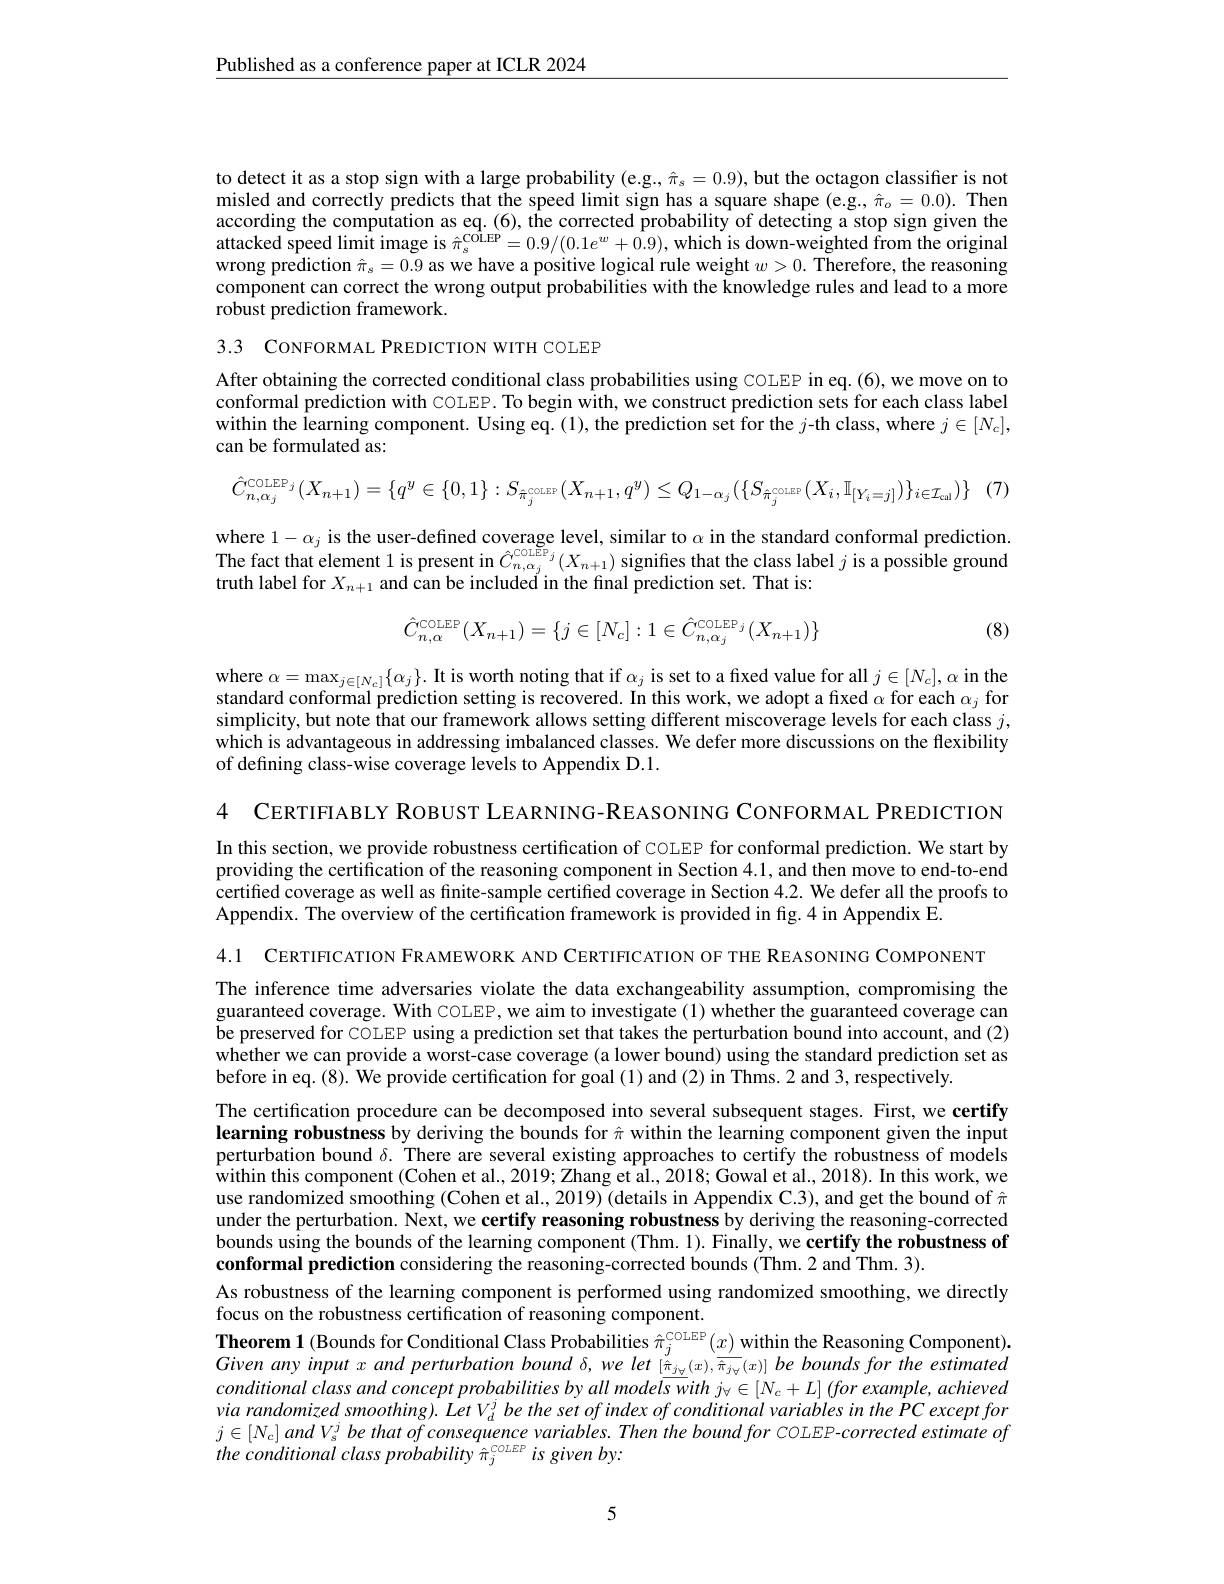
$\underline{\text{Published as a conference paper at ICLR 2024}}$

to detect it as a stop sign with a large probability (e.g., $\hat{\pi}_s=0.9)$, but the octagon classifier is not misled and correctly predicts that the speed limit sign has a square shape (e.g., $\hat{\pi}_o=0.0).$ Then according the computation as eq. (6), the corrected probability of detecting a stop sign given the attacked speed limit image is $\hat{\pi}_{\mathrm{s}}^{\mathrm{COLEP}}=0.9/(0.1e^w+\hat{0.9})$, which is down-weighted from the original wrong prediction $\hat{\pi}_s=0.9$ as we have a positive logical rule weight $w>0.$ Therefore, the reasoning component can correct the wrong output probabilities with the knowledge rules and lead to a more robust prediction framework.

3.3 CONFORMAL PREDICTION WITH COLEP

After obtaining the corrected conditional class probabilities using COLEP in eq.(6), we move on to conformal prediction with COLEP. To begin with, we construct prediction sets for each class label within the learning component. Using eq.(1), the prediction set for the $j$-th class, where $j\in[N_c]$, can be formulated as:
$$\hat{C}_{n,\alpha_{j}}^{\mathrm{COLEP}_{j}}(X_{n+1})=\{q^{y}\in\{0,1\}:S_{\hat{\pi}_{j}^{\mathrm{COLEP}}}(X_{n+1},q^{y})\leq Q_{1-\alpha_{j}}(\{S_{\hat{\pi}_{j}^{\mathrm{COLEP}}}(X_{i},\mathbb{I}_{[Y_{i}=j]})\}_{i\in\mathcal{I}_{\mathrm{cal}}})\}\quad(7)$$
where $1- \alpha _{j}$ is the user- defined coverage level, similar to $\alpha$ in the standard conformal prediction. The fact that element 1 is present in $\hat{C} _{n, \alpha _{j}}^{\mathrm{coLEP}_{j}}( X_{n+ 1})$ signifies that the class label $j$ is a possible ground
truth label for $X_n+1$ and can be included in the final prediction set. That is:
$$\hat C_{n,\alpha}^{\text{COLEP}}(X_{n+1})=\{j\in[N_{c}]:1\in\hat C_{n,\alpha_{j}}^{\text{COLEP}_{j}}(X_{n+1})\}$$
(8)

where $\alpha = \max _{j\in [ N_{c}] }\{ \alpha _{j}\} .$ It is worth noting that if $\alpha_j$ is set to a fixed value for all $j\in[N_c],\alpha$ in the standard conformal prediction setting is recovered. In this work, we adopt a fixed $\alpha$ for each $\alpha_j$ for simplicity, but note that our framework allows setting different miscoverage levels for each class $j$, which is advantageous in addressing imbalanced classes. We defer more discussions on the flexibility of defining class-wise coverage levels to Appendix D.1.

4 CERTIFIABLY ROBUST LEARNING-REASONING CONFORMAL PREDICTION

In this section, we provide robustness certification of COLEP for conformal prediction. We start by providing the certification of the reasoning component in Section 4.1, and then move to end-to-end certified coverage as well as finite-sample certified coverage in Section 4.2. We defer all the proofs to Appendix. The overview of the certification framework is provided in fig.4 in Appendix E.

4.1 CERTIFICATION FRAMEWORK AND CERTIFICATION OF THE REASONING COMPONENT

The inference time adversaries violate the data exchangeability assumption, compromising the guaranteed coverage. With COLEP, we aim to investigate (1) whether the guaranteed coverage can be preserved for COLEP using a prediction set that takes the perturbation bound into account, and (2) whether we can provide a worst-case coverage (a lower bound) using the standard prediction set as before in eq. (8). We provide certification for goal (1) and (2) in Thms. 2 and 3, respectively.

The certification procedure can be decomposed into several subsequent stages. First, we certify learning robustness by deriving the bounds for $\hat{\pi}$ within the learning component given the input perturbation bound $\delta.$ There are several existing approaches to certify the robustness of models ithin this component ( Cohen et al. , 2019; Zhang et al. , 2018; Gowal et al. , 2018) . In this work, we use randomized smoothing (Cohen et al., 2019) (details in Appendix C.3), and get the bound of $\hat{\pi}$ under the perturbation. Next, we certify reasoning robustness by deriving the reasoning-corrected bounds using the bounds of the learning component (Thm. 1). Finally, we certify the robustness of conformal prediction considering the reasoning-corrected bounds (Thm.2 and Thm.3).
As robustness of the learning component is performed using randomized smoothing, we directly
focus on the robustness certification of reasoning component.
$\textbf{Theorem 1( Bounds for Conditional Class Probabilities }\hat{\pi } _j^{\mathrm{COLEP}}( x)$ within the Reasoning Component). Given any input $x$ and perturbation bound $\delta , we$ let $[ \underline {\hat{\pi } _{j_{\mathrm{v} }}( x) , \overline {\hat{\pi } _{j_{\mathrm{v} }}}( x) ] \:be\:bounds\:for\:the\:estimated}$ conditional class and concept probabilities by all models with $j_{\forall}\in[N_{c}+L]\left(for\:example,\:achieved\right.$ via randomized smoothing). Let V $_{d}^{j}$ be the set of index of conditional variables in the PC except for $j\in[N_{c}]$ and V$_s^j$ be that of consequence variables. Then the bound for COLEP-corrected estimate of the conditional class probability $\hat{\pi}_j^{\mathrm{COLEP}}$ is given by:

5